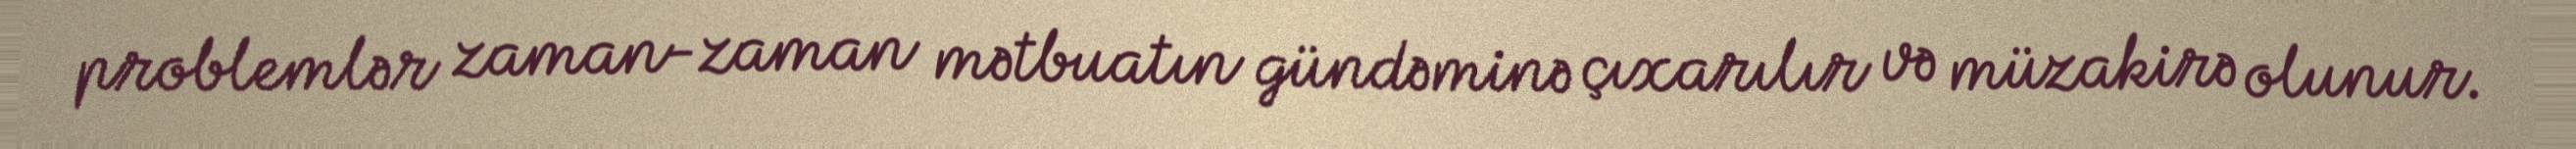
problemlər zaman-zaman mətbuatın gündəminə çıxarılır və müzakirə olunur.